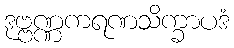
ဒုဗ္ဗဏ္ဏကရဏသိက္ခာပဒံ